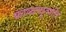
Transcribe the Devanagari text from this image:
काव्यव्युत्पत्ति